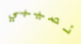
نصيبي